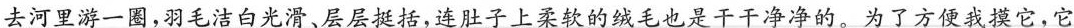
去河里游一圈，羽毛洁白光滑、层层挺括，连肚子上柔软的绒毛也是干干净净的。为了方便我摸它，它